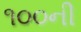
૧૦૦ની